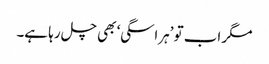
مگر اب تو ’ہراسگی‘ بھی چل رہا ہے۔